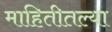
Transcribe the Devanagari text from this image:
माहितीतल्या